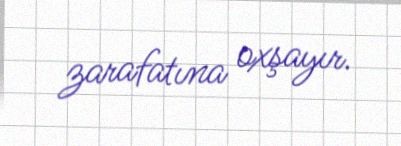
zarafatına oxşayır.